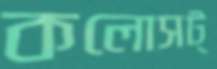
কলোসট্